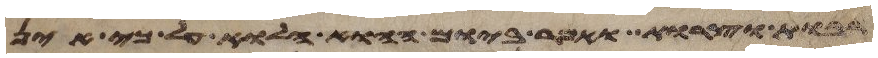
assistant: רבות וצרות ואמר ביום ההוא הלוא על כי אין